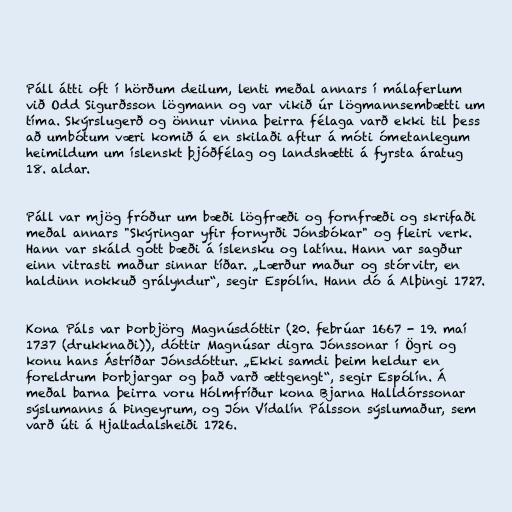
Páll átti oft í hörðum deilum, lenti meðal annars í málaferlum
við Odd Sigurðsson lögmann og var vikið úr lögmannsembætti um
tíma. Skýrslugerð og önnur vinna þeirra félaga varð ekki til þess
að umbótum væri komið á en skilaði aftur á móti ómetanlegum
heimildum um íslenskt þjóðfélag og landshætti á fyrsta áratug
18. aldar.

Páll var mjög fróður um bæði lögfræði og fornfræði og skrifaði
meðal annars "Skýringar yfir fornyrði Jónsbókar" og fleiri verk.
Hann var skáld gott bæði á íslensku og latínu. Hann var sagður
einn vitrasti maður sinnar tíðar. „Lærður maður og stórvitr, en
haldinn nokkuð grályndur“, segir Espólín. Hann dó á Alþingi 1727.

Kona Páls var Þorbjörg Magnúsdóttir (20. febrúar 1667 - 19. maí
1737 (drukknaði)), dóttir Magnúsar digra Jónssonar í Ögri og
konu hans Ástríðar Jónsdóttur. „Ekki samdi þeim heldur en
foreldrum Þorbjargar og það varð ættgengt“, segir Espólín. Á
meðal barna þeirra voru Hólmfríður kona Bjarna Halldórssonar
sýslumanns á Þingeyrum, og Jón Vídalín Pálsson sýslumaður, sem
varð úti á Hjaltadalsheiði 1726.